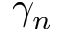
\gamma _ { n }